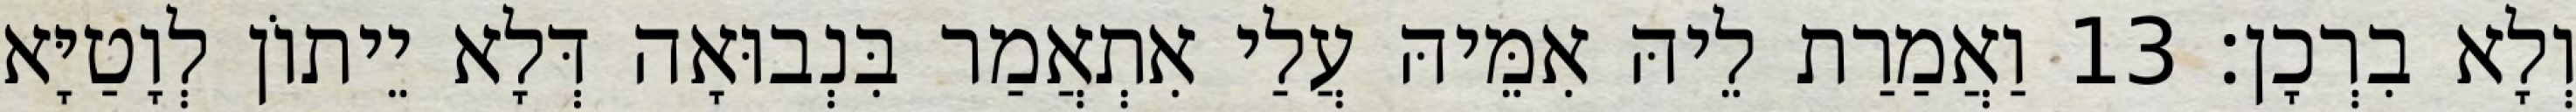
וְלָא בִרְכָן׃ 13 וַאֲמַרַת לֵיהּ אִמֵּיהּ עֲלַי אִתְאֲמַר בִּנְבוּאָה דְּלָא יֵיתוֹן לְוָטַיָּא